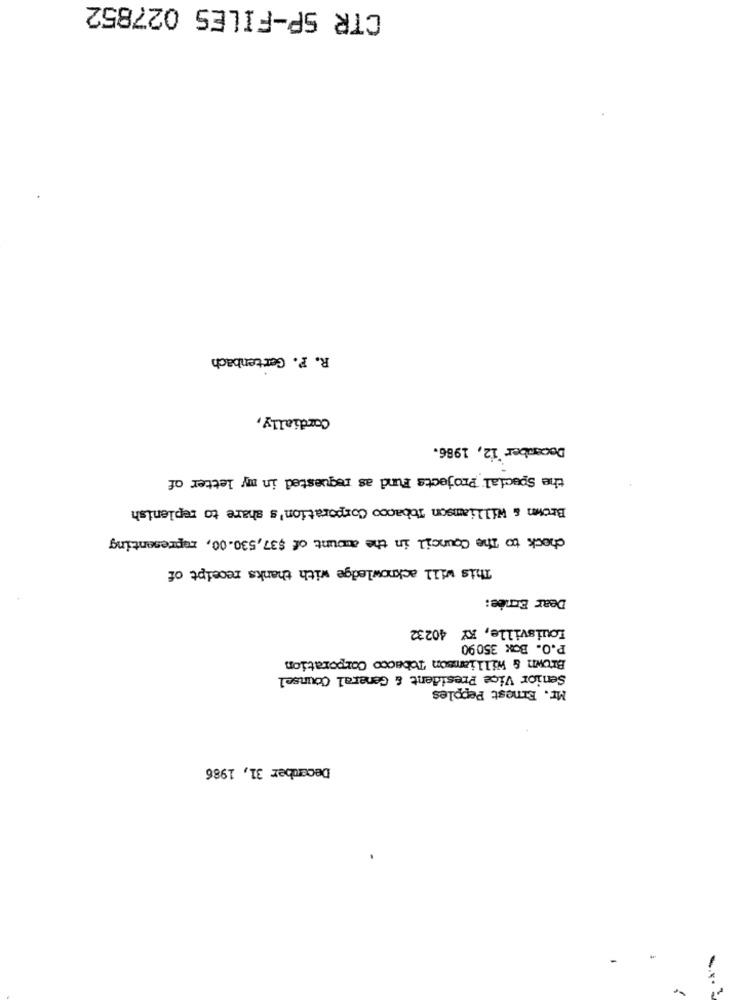
CTR SP-FILES 027852
R. F. Gertenbach
Cordially,
December 12, 1986.
the Special Projects Fund as requested in my letter of
Brown & Williamson Tobacco Corporation's share to replenish
check to The Council in the amount of $37,530.00, representing
This will acknowledge with thanks receipt of
Dear Ernée:
Louisville, KY 40232
P.O. Box 35090
Brown & williamson Tobacco Corporation
Senior Vice President & General Counsel
Mr. Ernest Pepples
December 31, 1986